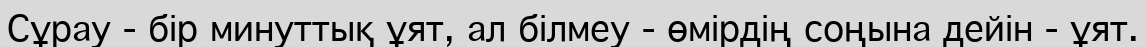
Сұрау - бір минуттық ұят, ал білмеу - өмірдің соңына дейін - ұят.